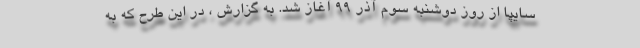
سایپا از روز دوشنبه سوم آذر 99 آغاز شد. به گزارش ، در این طرح که به